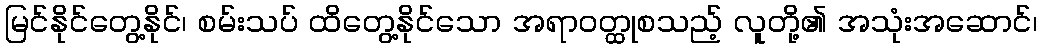
မြင်နိုင်တွေ့နိုင်၊ စမ်းသပ် ထိတွေ့နိုင်သော အရာဝတ္ထုစသည့် လူတို့၏ အသုံးအဆောင်၊